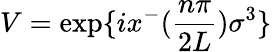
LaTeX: V=\exp\{ ix^{-}({\frac{n\pi}{2L}}){\sigma}^{3}\}